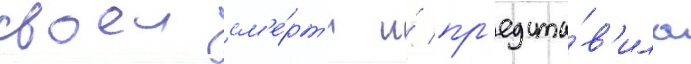
своеи см'е́рт'и и́ пр'едста́в'ила